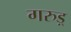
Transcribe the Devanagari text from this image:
गरुड़्